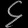
Digit: ၄